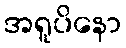
အရူပိနော